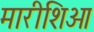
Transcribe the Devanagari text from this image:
मारीशिओ